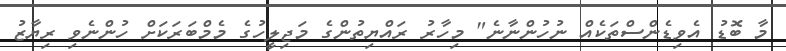
މާ ބޮޑު އެވިޑެންސްތަކެއް ނުހުންނާނެ" މިހާރު ރައްޔިތުންގެ މަޖިލީހުގެ މެމްބަރަކަށް ހުންނެވި ރިޔާޒު